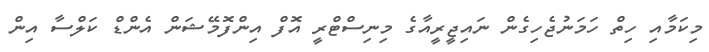
މިކަމާއި ހިތް ހަމަނުޖެހިގެން ނައިޖީރީއާގެ މިނިސްޓްރީ އޮފް އިންފޮމޭޝަން އެންޑް ކަލްސާ އިން